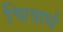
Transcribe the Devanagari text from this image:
चित्रार्ध